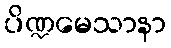
ပိဏ္ဍမေသာနာ